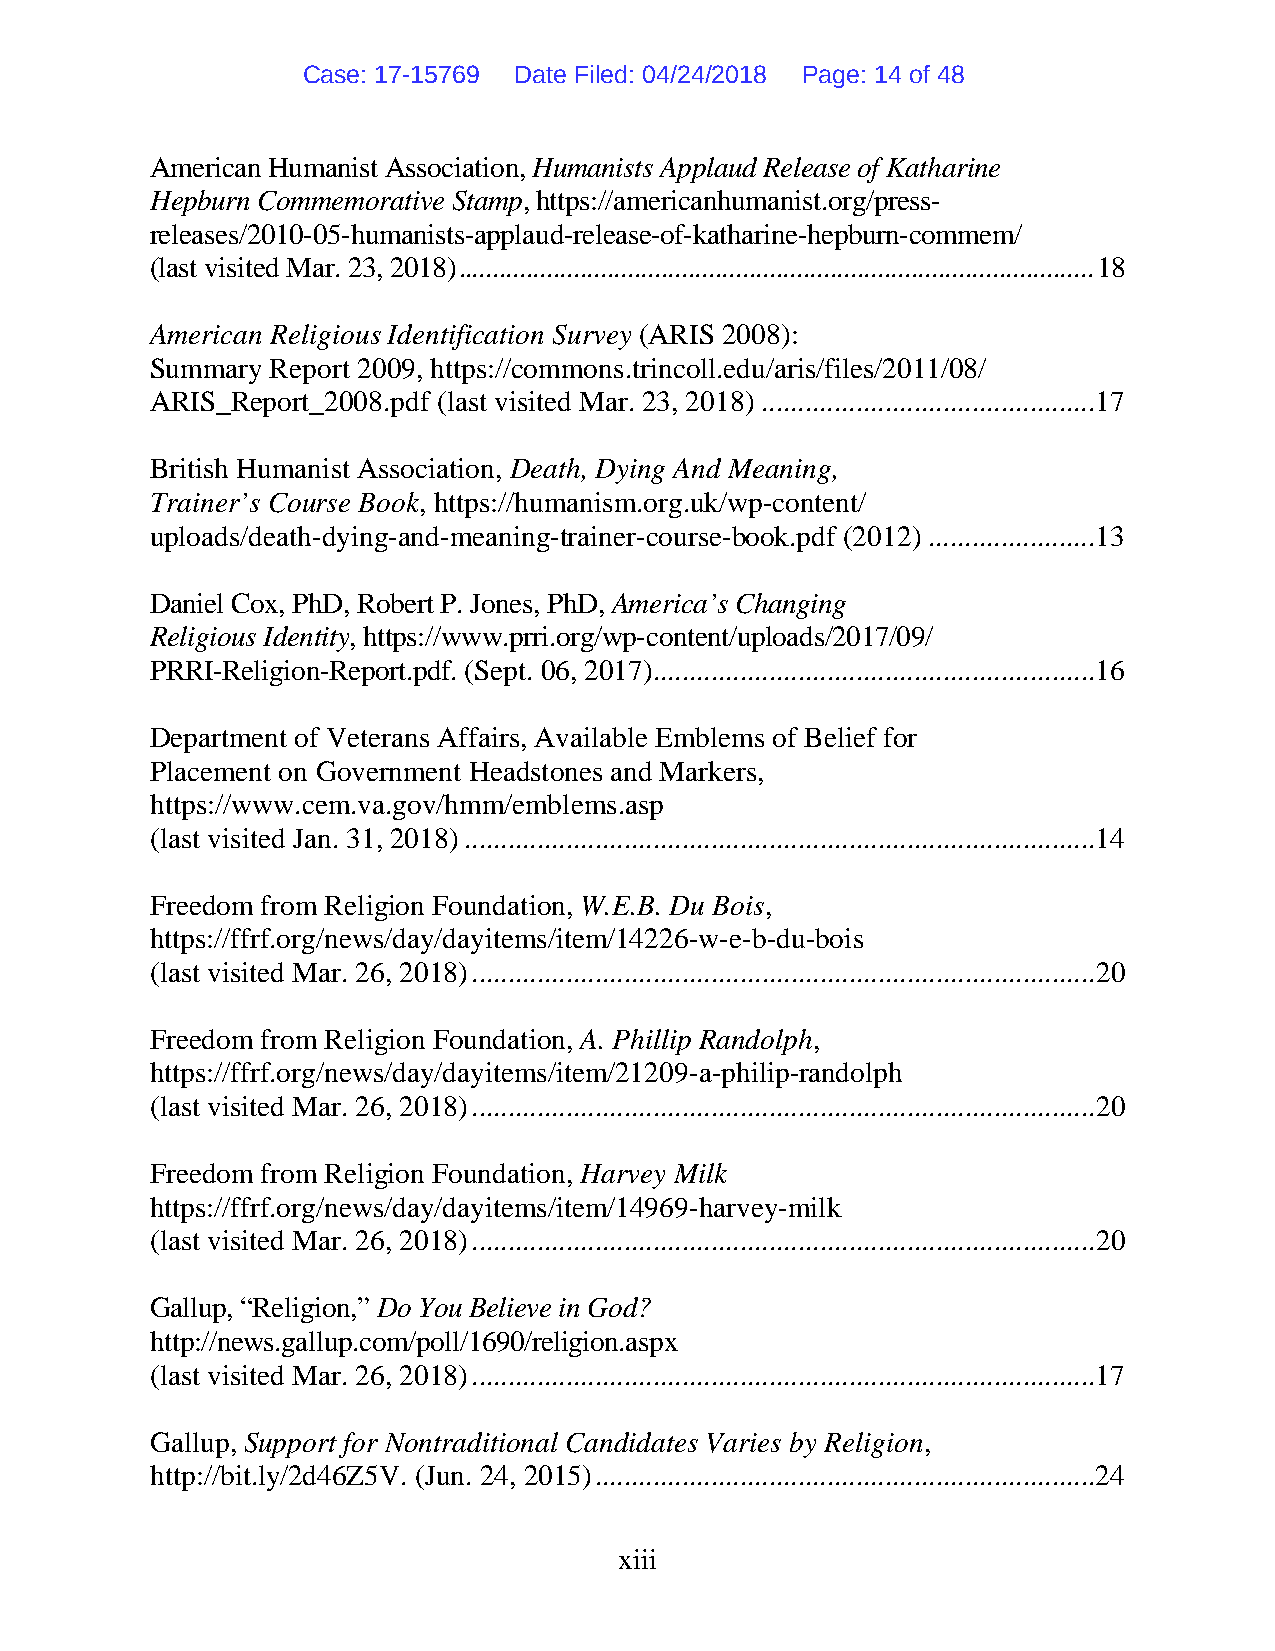
Case: 17-15769 Date Filed: 04/24/2018 Page: 14 of 48
 American Humanist Association, Humanists Applaud Release of Katharine
 Hepburn Commemorative Stamp, https://americanhumanist.org/press-
 releases/2010-05-humanists-applaud-release-of-katharine-hepburn-commem/
 (last visited Mar. 23, 2018) .............................................................................................. 18
 American Religious Identification Survey (ARIS 2008):
 Summary Report 2009, https://commons.trincoll.edu/aris/files/2011/08/
 ARIS_Report_2008.pdf (last visited Mar. 23, 2018) ..............................................17
 British Humanist Association, Death, Dying And Meaning,
 Trainer’s Course Book, https://humanism.org.uk/wp-content/
 uploads/death-dying-and-meaning-trainer-course-book.pdf (2012) .......................13
 Daniel Cox, PhD, Robert P. Jones, PhD, America’s Changing
 Religious Identity, https://www.prri.org/wp-content/uploads/2017/09/
 PRRI-Religion-Report.pdf. (Sept. 06, 2017).............................................................16
 Department of Veterans Affairs, Available Emblems of Belief for
 Placement on Government Headstones and Markers,
 https://www.cem.va.gov/hmm/emblems.asp
 (last visited Jan. 31, 2018) .......................................................................................14
 Freedom from Religion Foundation, W.E.B. Du Bois,
 https://ffrf.org/news/day/dayitems/item/14226-w-e-b-du-bois
 (last visited Mar. 26, 2018) ...................................................................................... 20
 Freedom from Religion Foundation, A. Phillip Randolph,
 https://ffrf.org/news/day/dayitems/item/21209-a-philip-randolph
 (last visited Mar. 26, 2018) ...................................................................................... 20
 Freedom from Religion Foundation, Harvey Milk
 https://ffrf.org/news/day/dayitems/item/14969-harvey-milk
 (last visited Mar. 26, 2018) ...................................................................................... 20
 Gallup, “Religion,” Do You Believe in God?
 http://news.gallup.com/poll/1690/religion.aspx
 (last visited Mar. 26, 2018) ......................................................................................17
 Gallup, Support for Nontraditional Candidates Varies by Religion,
 http://bit.ly/2d46Z5V. (Jun. 24, 2015) .....................................................................24
 xiii